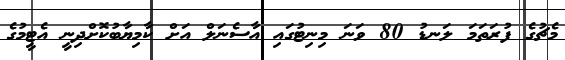
މެޗުގެ ފުރަތަމަ ލަނޑު 80 ވަނަ މިނިޓުގައި އާސެނަލް އަށް ކާމިޔާބުކޮށްދިނީ އެޓީމުގެ